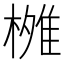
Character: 𬄐